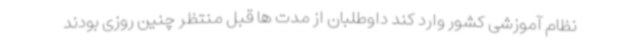
نظام آموزشی کشور وارد کند داوطلبان از مدت ها قبل منتظر چنین روزی بودند